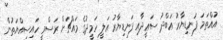
އުއްތަމަ ފަނޑިޔާރު ޢަބްދު ސަޢީދާއި ފަނޑިޔާރު ޢަލީ ހަމީދުގެ މައްޗަށް ރަސްމީ ހައިސިއްޔަތުން